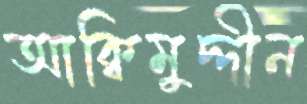
আক্বিমুদ্দীন